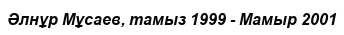
Әлнұр Мұсаев, тамыз 1999 - Мамыр 2001